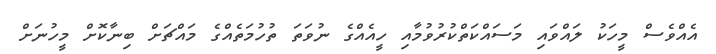
އެއްވެސް މީހަކު ލައްވައި މަސައްކަތްކުރުވުމާއި ހީއެއްގެ ނުވަތަ ތުހުމަތެއްގެ މައްޗަށް ބިނާކޮށް މީހުނަށް